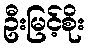
ဦးမြင့်စိုး